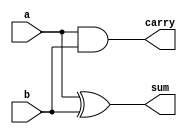
// Using verilog Code for implementing half_adder
`timescale 1ns / 1ps
module half_adder(a,b,sum,carry);
  input a,b;
  output sum,carry;
  assign sum=a^b;
  assign carry=a&b;
endmodule